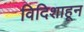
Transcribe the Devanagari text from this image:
विदिशाहून